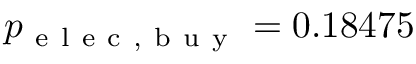
p _ { \mathrm { ~ e ~ l ~ e ~ c ~ , ~ b ~ u ~ y ~ } } = 0 . 1 8 4 7 5